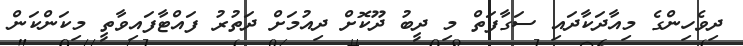
ދިވެހިންގެ މިއާދަކާދައި ސަގާފަތް މި ދީބު ދޫކޮށް ދިއުމަށް ދަތުރު ފައްޓާފައިވާތީ މިކަންކަން